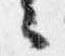
々